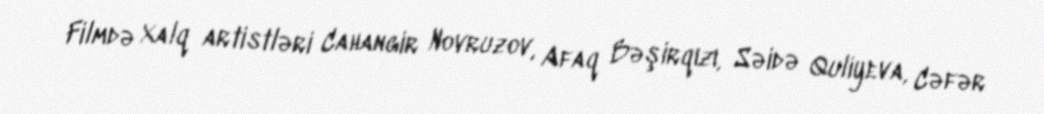
Filmdə Xalq artistləri Cahangir Novruzov, Afaq Bəşirqızı, Səidə Quliyeva, Cəfər